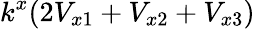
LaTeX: k^{x}(2V_{x1}+V_{x2}+V_{x3})